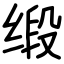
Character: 缎